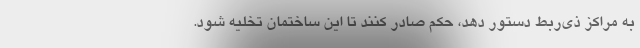
به مراکز ذی‌ربط دستور دهد، حکم صادر کنند تا این ساختمان تخلیه شود.